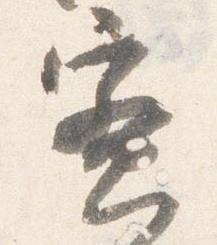
蜜